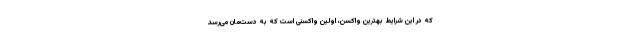
که در این شرایط بهترین واکسن، اولین واکسنی است که به دست‌مان می‌رسد